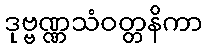
ဒုဗ္ဗဏ္ဏသံဝတ္တနိကာ